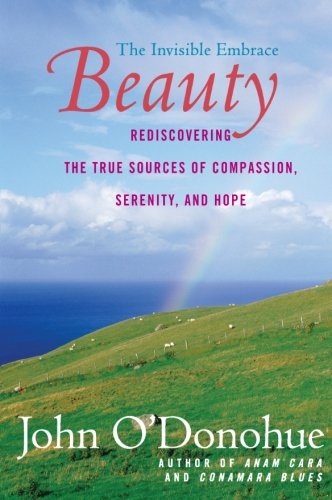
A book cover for Beauty: The Invisible Embrace; John O'Donohue; Politics & Social Sciences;